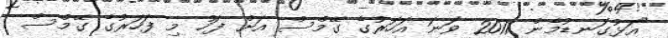
"އަޅުގަނޑުމެން 2011 ވަނަ އަހަރުގެ ގޭމްސް އަށް ފަހު މި ފަހަރުގެ ގޭމްސް